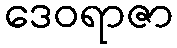
ဒေဝရာဇာ